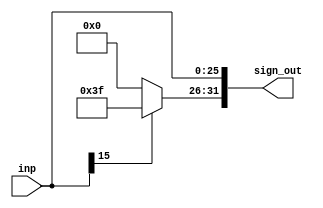
module sign_extender_26_to_32
(
	input [25:0] inp,
	output reg [31:0] sign_out
);

//This module is used for sign extending a 26-bit input to a 32-bit input

always @ (*) begin

	sign_out[25:0] = inp[25:0];
	if (inp[15] == 1'b1)
		sign_out[31:26] = 16'b111111;
	else
		sign_out[31:26] = 16'b000000;

end 

endmodule